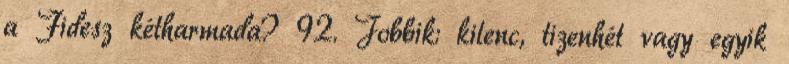
a Fidesz kétharmada? 92. Jobbik: kilenc, tizenhét vagy egyik